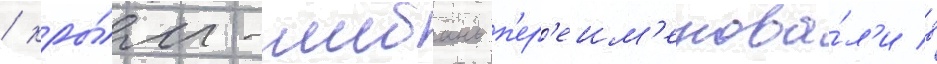
/ кры́м-шибань п'ер'еим'енова́л'и в